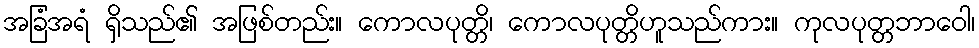
အခြံအရံ ရှိသည်၏ အဖြစ်တည်း။ ကောလပုတ္တိ၊ ကောလပုတ္တိဟူသည်ကား။ ကုလပုတ္တဘာဝေါ၊